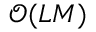
\mathcal { O } ( L M )